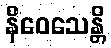
နိဝေသေန္တိ